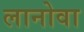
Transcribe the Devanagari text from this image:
लानोवा